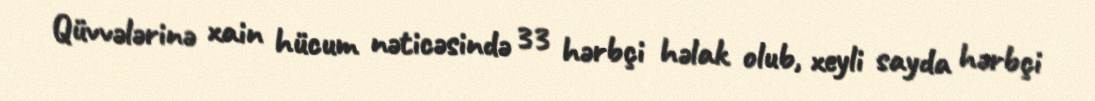
Qüvvələrinə xain hücum nəticəsində 33 hərbçi həlak olub, xeyli sayda hərbçi